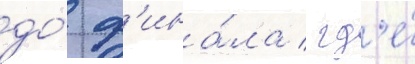
до́ ф'ина́ла / гд'е́